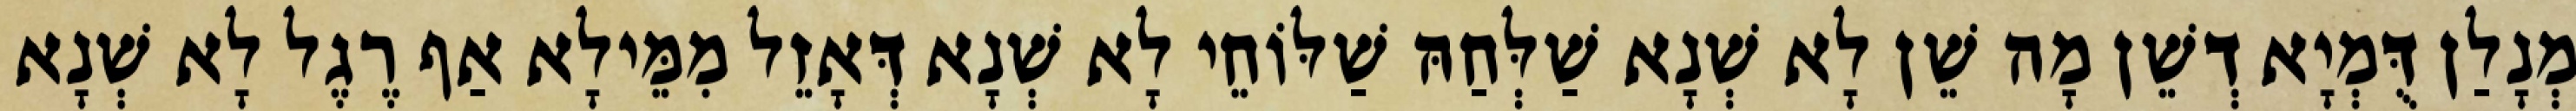
מְנָלַן דֻּמְיָא דְשֵׁן מָה שֵׁן לָא שְׁנָא שַׁלְּחַהּ שַׁלּוֹחֵי לָא שְׁנָא דְּאָזֵל מִמֵּילָא אַף רֶגֶל לָא שְׁנָא